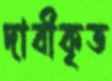
দাবীকৃত